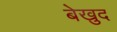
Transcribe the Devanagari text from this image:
बेखुद